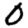
Digit: 0